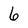
Character: 6